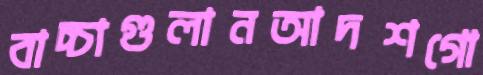
বাচ্চাগুলানআদশগো